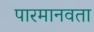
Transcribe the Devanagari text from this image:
पारमानवता